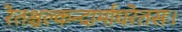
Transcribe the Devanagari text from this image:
रेतश्चल्कन्दार्माघरेतसः।